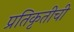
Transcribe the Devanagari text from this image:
प्रतिकृतीची